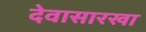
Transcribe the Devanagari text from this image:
देवासारखा